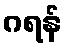
ဂရန်